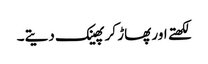
لکھتے اور پھاڑ کر پھینک دیتے۔